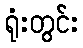
ရုံးတွင်း